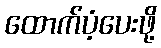
ထောက်ပံ့ပေးဖို့